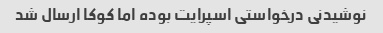
نوشیدنی درخواستی اسپرایت بوده اما کوکا ارسال شد